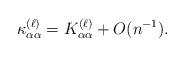
LaTeX: \begin{align*}\kappa_{\alpha\alpha}^{(\ell)} = K_{\alpha\alpha}^{(\ell)}+O(n^{-1}). \end{align*}